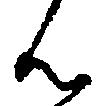
ん